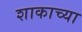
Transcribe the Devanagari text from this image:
शाकाच्या